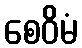
စေဝိမံ